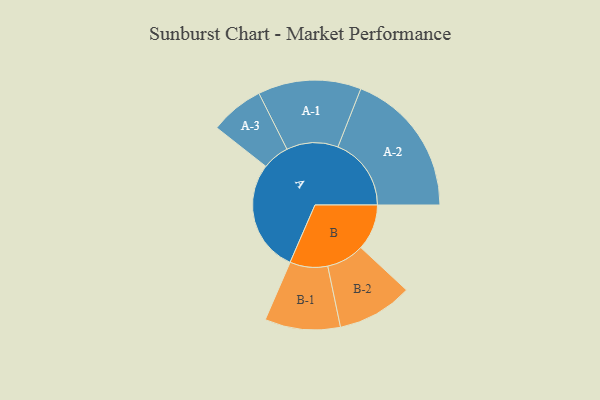
{"axis": {"x": "Segment", "y": "Value"}, "legend": ["", "A", "B"], "data": [{"x": "A", "y": 454, "type": ""}, {"x": "B", "y": 186, "type": ""}, {"x": "A-1", "y": 209, "type": "A"}, {"x": "A-2", "y": 297, "type": "A"}, {"x": "A-3", "y": 109, "type": "A"}, {"x": "B-1", "y": 153, "type": "B"}, {"x": "B-2", "y": 153, "type": "B"}]}